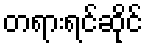
တရားရင်ဆိုင်